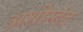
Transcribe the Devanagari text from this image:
अशीस्टंट